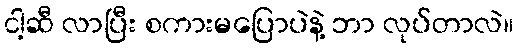
ငါ့ဆီ လာပြီး စကားမပြောပဲနဲ့ ဘာ လုပ်တာလဲ။